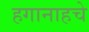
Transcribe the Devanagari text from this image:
हगानाहचे